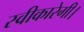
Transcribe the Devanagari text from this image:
स्वीकारेगी।